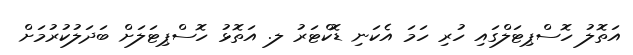
އަތޮލު ހޮސްޕިޓަލްގައި ހުރި ހަމަ އެކަނި ޑޮކްޓަރު ލ. އަތޮޅު ހޮސްޕިޓަލަށް ބަދަލުކުރުމަށް